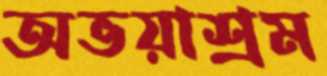
অভয়াশ্রম